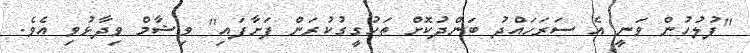
"ފުލުހުން ވަނީ އެ ސަރަހައްދު ބަންދުކޮށް ތަހުގީގުކުރަން ފަށާފައި" ވިޝާމް ވިދާޅުވި އެވެ.